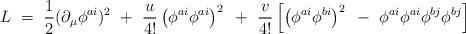
LaTeX: \begin{align*}L ~=~ \frac{1}{2} (\partial_\mu \phi^{ai})^2 ~+~ \frac{u}{4!} \left( \phi^{ai} \phi^{ai} \right)^2 ~+~ \frac{v}{4!} \left[ \left( \phi^{ai} \phi^{bi} \right)^2 ~-~ \phi^{ai} \phi^{ai} \phi^{bj} \phi^{bj} \right] \end{align*}